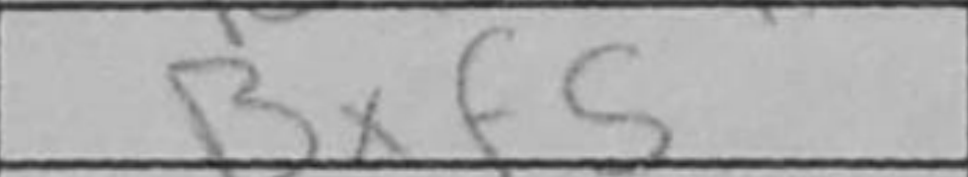
Transcription: Bxf5